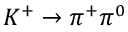
K ^ { + } \to \pi ^ { + } \pi ^ { 0 }